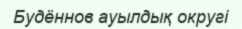
Будённов ауылдық округі